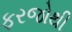
ફરજોથી